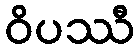
ဝိပဿီ